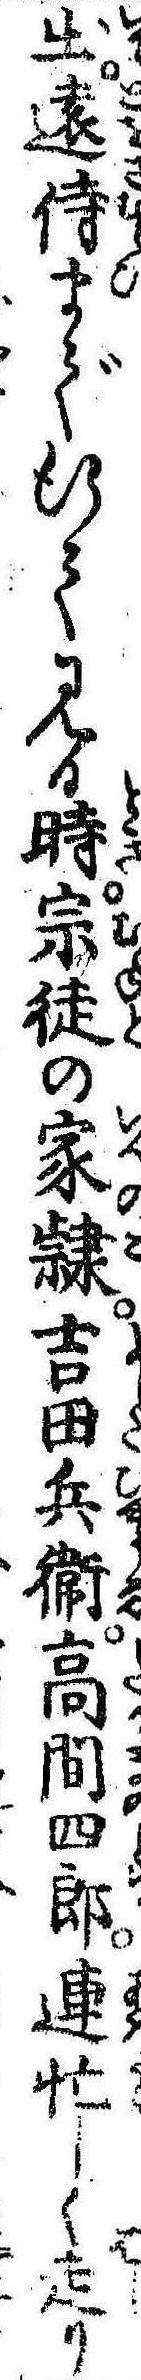
出遠侍まで行て見る時宗徒の家隷吉田兵衛高間四郎連忙しく走り